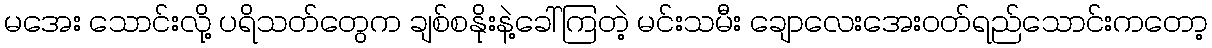
မအေး သောင်းလို့ ပရိသတ်တွေက ချစ်စနိုးနဲ့ခေါ်ကြတဲ့ မင်းသမီး ချောလေးအေးဝတ်ရည်သောင်းကတော့